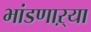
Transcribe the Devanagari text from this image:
भांडणाऱ्या